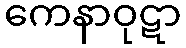
ကေနာဝုဋာ